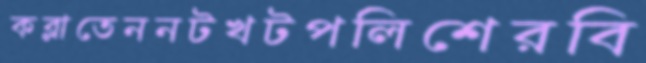
কব্‌লাতেননটখটপলিশেরবি